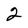
Character: 2